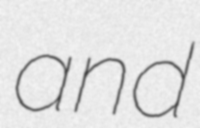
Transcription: and